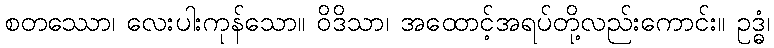
စတဿော၊ လေးပါးကုန်သော။ ဝိဒိသာ၊ အထောင့်အရပ်တို့လည်းကောင်း။ ဥဒ္ဓံ၊